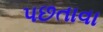
પછતાવા